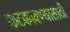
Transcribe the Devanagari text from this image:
फटकावण्यासाठी